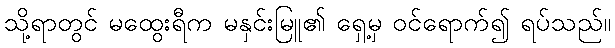
သို့ရာတွင် မထွေးရီက မနှင်းမြူ၏ ရှေ့မှ ဝင်ရောက်၍ ရပ်သည်။